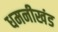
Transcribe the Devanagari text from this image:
धमनीखंड